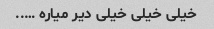
خیلی خیلی خیلی دیر میاره …..